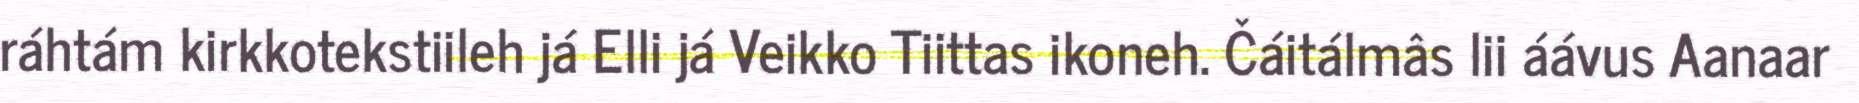
ráhtám kirkkotekstiileh já Elli já Veikko Tiittas ikoneh. Čáitálmâs lii áávus Aanaar